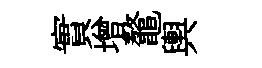
實增鼇輿